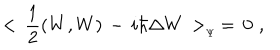
< \, { \frac { 1 } { 2 } } ( W , W ) \, - \, i \hbar \Delta W \, > _ { _ { \Psi } } \, = \, 0 \, \, ,